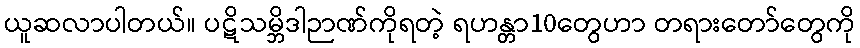
ယူဆလာပါတယ်။ ပဋိသမ္ဘိဒါဉာဏ်ကိုရတဲ့ ရဟန္တာ10တွေဟာ တရားတော်တွေကို